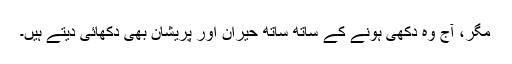
مگر، آج وہ دکھی ہونے کے ساتھ ساتھ حیران اور پریشان بھی دکھائی دیتے ہیں۔